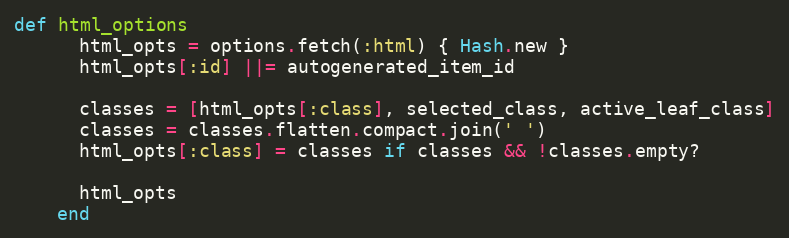
Language: Ruby
def html_options
      html_opts = options.fetch(:html) { Hash.new }
      html_opts[:id] ||= autogenerated_item_id

      classes = [html_opts[:class], selected_class, active_leaf_class]
      classes = classes.flatten.compact.join(' ')
      html_opts[:class] = classes if classes && !classes.empty?

      html_opts
    end